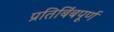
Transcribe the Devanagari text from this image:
प्रतिबिंबपूर्ण